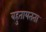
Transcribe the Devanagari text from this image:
बहुतायतता